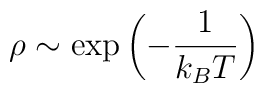
\rho\sim \exp \left(-\frac{1}{k_{B}T}\right)